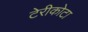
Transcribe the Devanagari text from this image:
टेरीकोटा